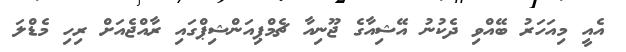
އެއީ މިއަހަރު ބޭއްވި ދެކުނު އޭޝިއާގެ ޖޫނިއާ ޗެމްޕިއަންޝިޕްގައި ރާއްޖެއަށް ރިހި މެޑްލަ